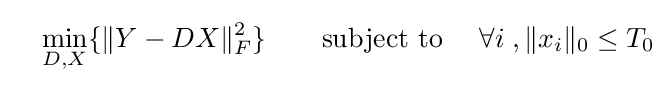
\quad \min \limits _{D,X}\{\|Y-DX\|_{F}^{2}\}\qquad {\text{subject to }}\quad \forall i\;,\|x_{i}\|_{0}\leq T_{0}